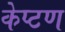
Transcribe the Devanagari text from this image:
केप्टण